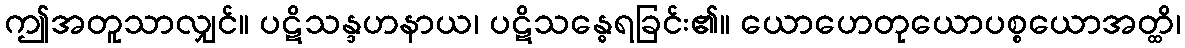
ဤအတူသာလျှင်။ ပဋိသန္ဒဟနာယ၊ ပဋိသန္ဓေရခြင်း၏။ ယောဟေတုယောပစ္စယောအတ္ထိ၊